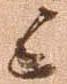
候